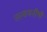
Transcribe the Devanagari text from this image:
तत्वमनीषी